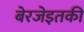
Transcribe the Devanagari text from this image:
बेरजेइतकी